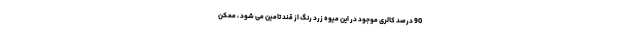
90 درصد کالری موجود در این میوه زرد رنگ از قند تامین می شود ، ممکن